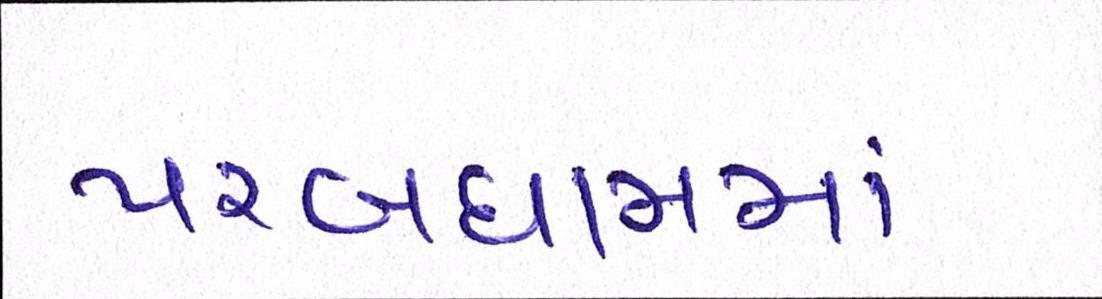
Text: પરબધામમાં